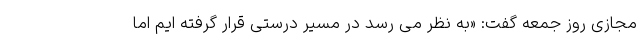
مجازی روز جمعه گفت: «به نظر می رسد در مسیر درستی قرار گرفته ایم اما